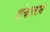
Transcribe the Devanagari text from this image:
संचालान